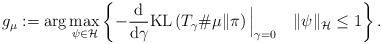
LaTeX: \begin{align*} g_\mu := \arg\max_{\psi \in \mathcal{H}}\left\{- \frac{\mathrm{d}}{\mathrm{d} \gamma} \mathrm{KL}\left(T_{\gamma}{\#} \mu \| \pi \right)\Big|_{\gamma=0} \quad\|\psi\|_{\mathcal{H}} \leq 1\right\} . \end{align*}